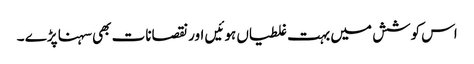
اس کوشش میں بہت غلطیاں ہوئیں اور نقصانات بھی سہنا پڑے ۔